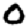
Digit: 0